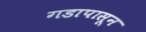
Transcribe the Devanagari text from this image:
गडापासून